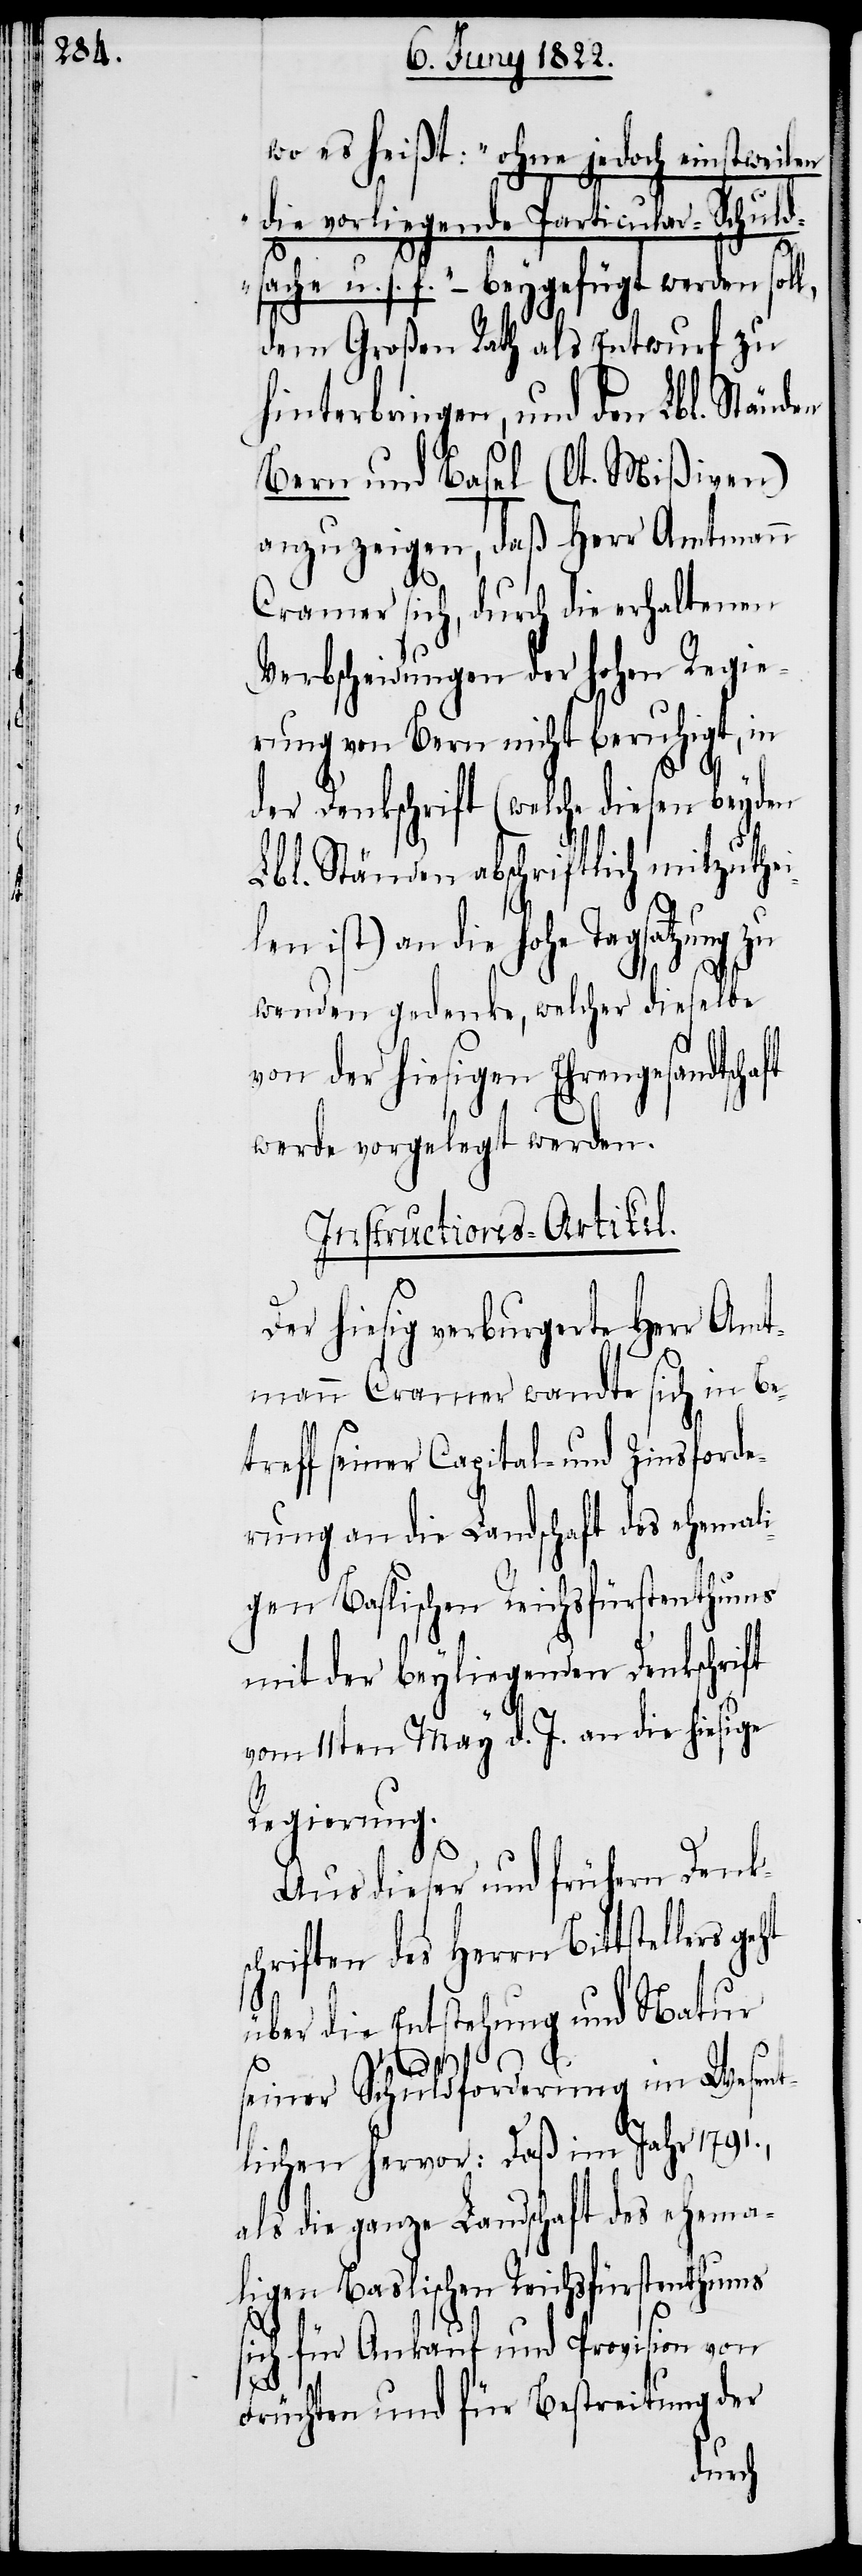
wo es heißt: „ohne jedoch einstweilen
ie vorliegende Particular-Schuld¬
sache u. s. f.“ – beygefügt werden sol¬
dem Großen Rath als Entwurf zu
hinterbringen, und den Lbl. Ständen
Bern und Basel (lt. Mißiven)
anzuzeigen, daß Herr Amtmann
Cramer sich, durch die erhaltenen
Verbscheidungen der hohen Regie¬
rung von Bern nicht beruhigt in
der Denkschrift (welche diesen beyden
Lbl. Ständen abschriftlich mitzuthe¬
ist) an die hohe Tagsatzung
wenden gedenke, welcher dieselbe
von der hiesigen Ehrengesandtscha¬
werde vorgelegt werden.
Instructions-Artikel.
Der hiesig verburgerte Herr Amt¬
mann Cramer wandte sich in Be¬
treff seiner Capital- und Zinsforde¬
rung an die Landschaft des ehemali¬
gen Baslischen Reichsfürstenthums
mit der beyliegenden Denkschrift
vom 11ten May d. J. an die hiesige
Regierung.
Aus dieser und frühern Denks¬
chriften des Herrn Bittstel¬
ft
über die Entstehung und Natur
l,
lers geht
seiner Schuldforderung im Wesent¬
lichen hervor: Daß im Jahr 1791.,
als die ganze Landschaft des ehema¬
ligen Baslischen Reichsfürstenthums
sich für Ankauf und Provision von
Früchten und für Bestreitung der